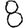
Digit: 8